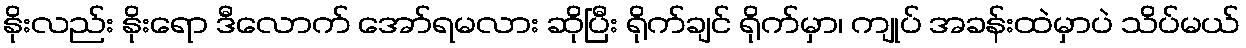
နိုးလည်း နိုးရော ဒီလောက် အော်ရမလား ဆိုပြီး ရိုက်ချင် ရိုက်မှာ၊ ကျုပ် အခန်းထဲမှာပဲ သိပ်မယ်